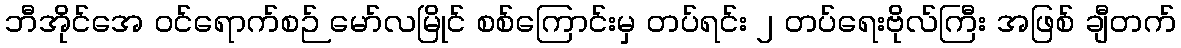
ဘီအိုင်အေ ဝင်ရောက်စဉ် မော်လမြိုင် စစ်ကြောင်းမှ တပ်ရင်း ၂ တပ်ရေးဗိုလ်ကြီး အဖြစ် ချီတက်